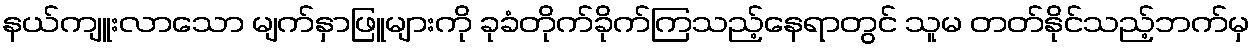
နယ်ကျူးလာသော မျက်နှာဖြူများကို ခုခံတိုက်ခိုက်ကြသည့်နေရာတွင် သူမ တတ်နိုင်သည့်ဘက်မှ